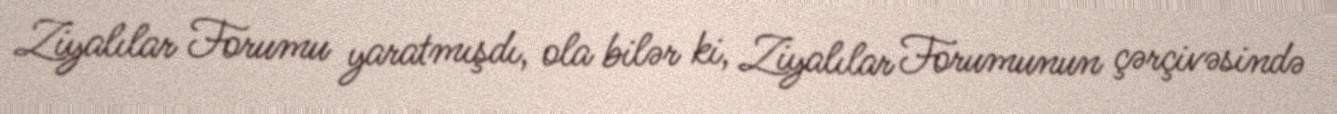
Ziyalılar Forumu yaratmışdı, ola bilər ki, Ziyalılar Forumunun çərçivəsində